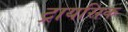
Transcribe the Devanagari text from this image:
ट्रायसिक